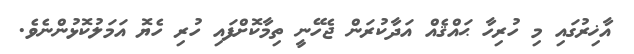
އާޚިރުގައި މި ހުރިހާ ޙައްޤެއް އަދާކުރަން ޖެހޭނީ ތިމާކޮށްފައި ހުރި ހެޔޮ އަމަލުކޮޅުންނެވެ.